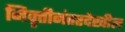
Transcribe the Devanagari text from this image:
निवृत्तीनंतरदेखील